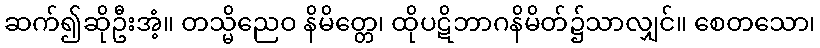
ဆက်၍ဆိုဦးအံ့။ တသ္မိညေဝ နိမိတ္တေ၊ ထိုပဋိဘာဂနိမိတ်၌သာလျှင်။ စေတသော၊